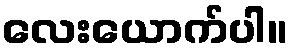
လေးယောက်ပါ။